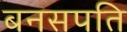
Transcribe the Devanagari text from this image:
बनसपति